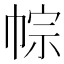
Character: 𢃏